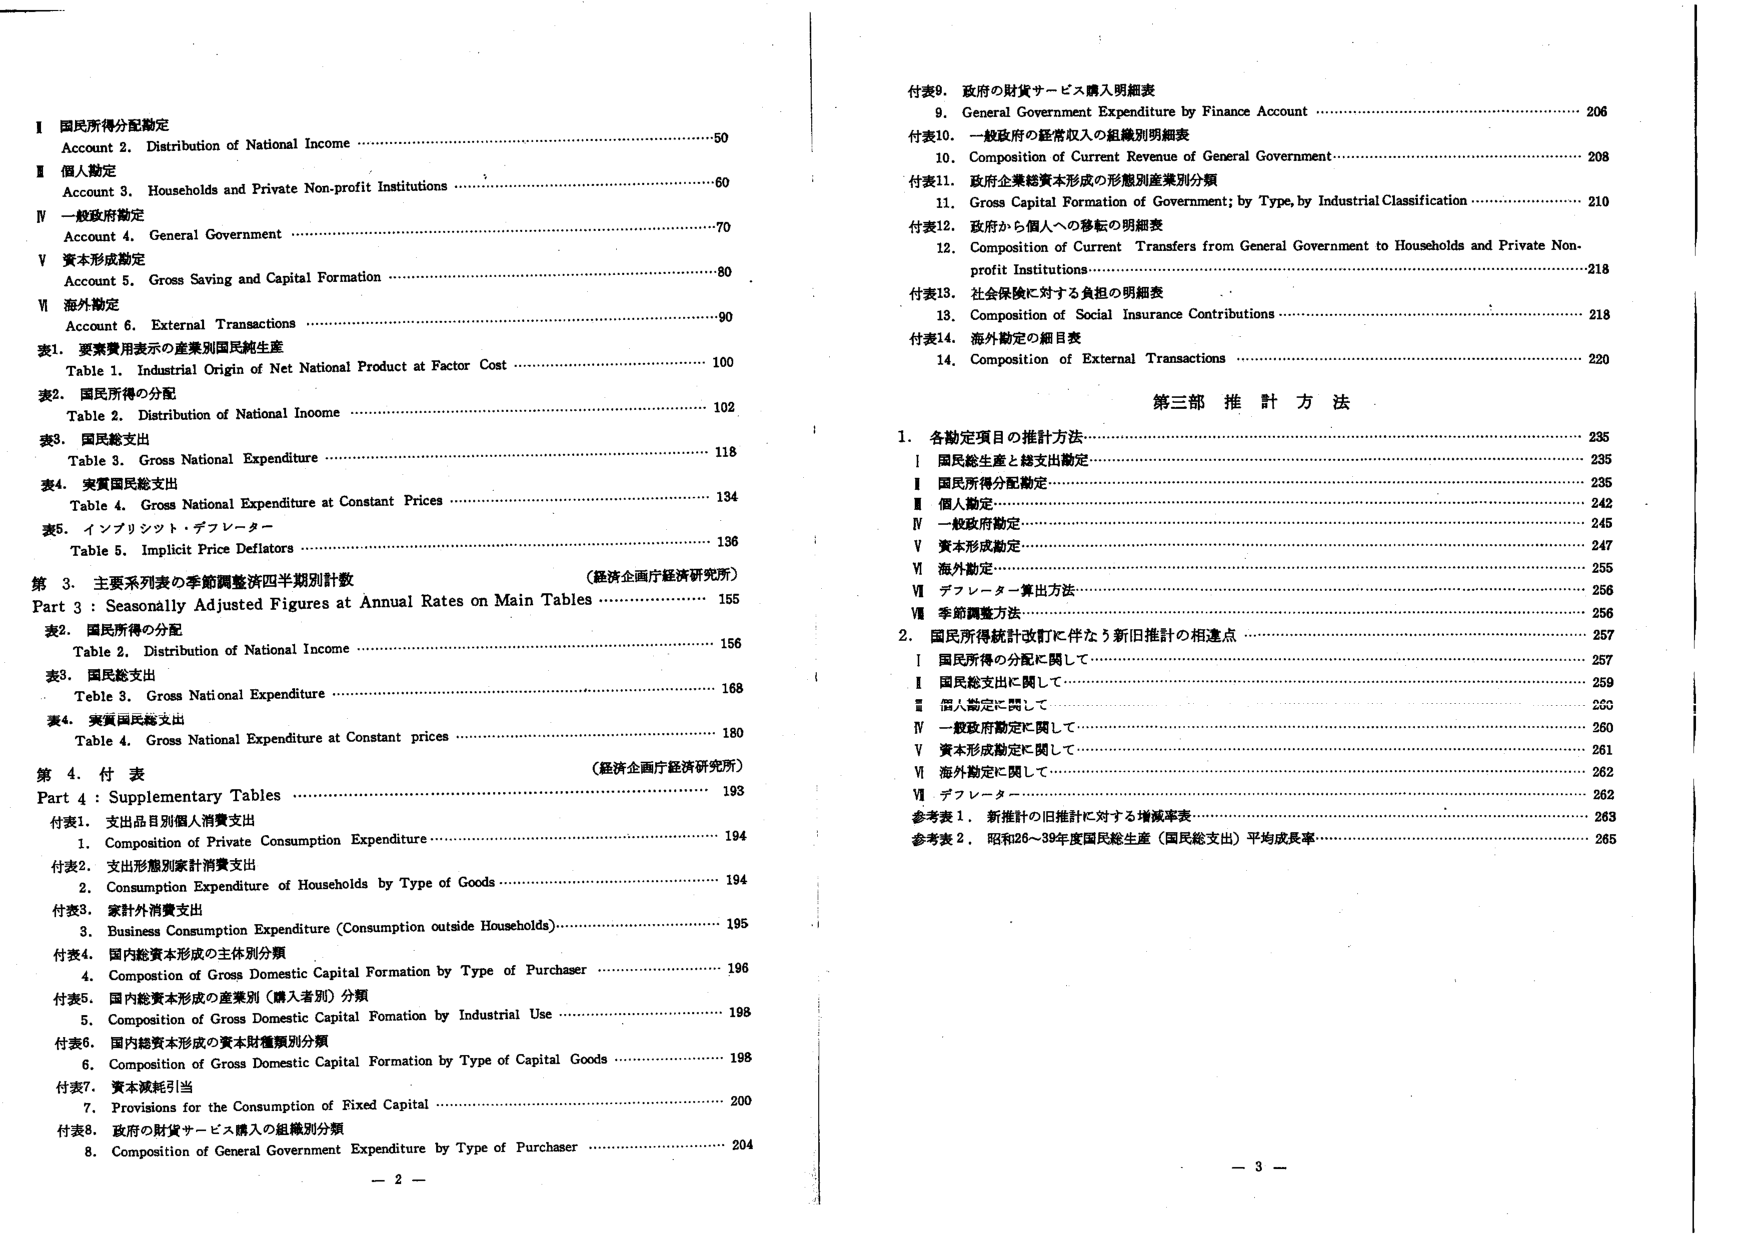
I 国民所得分配勘定
Account 2. Distribution of National Income …………………………………………50
II 個人勘定
Account 3. Households and Private Non-profit Institutions ………………………60
IV 一般政府勘定
Account 4. General Government ……………………………………………………70
V 資本形成勘定
Account 5. Gross Saving and Capital Formation …………………………………80
VI 海外勘定
Account 6. External Transactions …………………………………………………90
表1. 要素費用表示の産業別国民純生産
Table 1. Industrial Origin of Net National Product at Factor Cost ………………100
表2. 国民所得の分配
Table 2. Distribution of National Income …………………………………………102
表3. 国民総支出
Table 3. Gross National Expenditure ……………………………………………118
表4. 実質国民総支出
Table 4. Gross National Expenditure at Constant Prices ………………………134
表5. インプリシット・デフレーター
Table 5. Implicit Price Deflators …………………………………………………136
第 3. 主要系列表の季節調整済四半期別計数 （経済企画庁経済研究所）
Part 3 : Seasonally Adjusted Figures at Annual Rates on Main Tables …………155
表2. 国民所得の分配
Table 2. Distribution of National Income …………………………………………156
表3. 国民総支出
Table 3. Gross National Expenditure ……………………………………………168
表4. 実質国民総支出
Table 4. Gross National Expenditure at Constant prices ………………………180
第 4. 付 表 （経済企画庁経済研究所）
Part 4 : Supplementary Tables ……………………………………………………193
付表1. 支出品目別個人消費支出
1. Composition of Private Consumption Expenditure ……………………………194
付表2. 支出形態別家計消費支出
2. Consumption Expenditure of Households by Type of Goods …………………194
付表3. 家計外消費支出
3. Business Consumption Expenditure (Consumption outside Households) ……195
付表4. 国内総資本形成の主体別分類
4. Composition of Gross Domestic Capital Formation by Type of Purchaser …196
付表5. 国内総資本形成の産業別（購入者別）分類
5. Composition of Gross Domestic Capital Formation by Industrial Use ………198
付表6. 国内総資本形成の資本財種類別分類
6. Composition of Gross Domestic Capital Formation by Type of Capital Goods …198
付表7. 資本減耗引当
7. Provisions for the Consumption of Fixed Capital ……………………………200
付表8. 政府の財貨サービス購入の組織別分類
8. Composition of General Government Expenditure by Type of Purchaser ……204

付表9. 政府の財貨サービス購入明細表
9. General Government Expenditure by Finance Account ………………………206
付表10. 一般政府の経常収入の組織別明細表
10. Composition of Current Revenue of General Government ……………………208
付表11. 政府企業総資本形成の形態別産業別分類
11. Gross Capital Formation of Government; by Type, by Industrial Classification …210
付表12. 政府から個人への移転の明細表
12. Composition of Current Transfers from General Government to Households and Private Non-profit Institutions ……………………………………………………218
付表13. 社会保険に対する負担の明細表
13. Composition of Social Insurance Contributions ………………………………218
付表14. 海外勘定の細目表
14. Composition of External Transactions …………………………………………220

第三部 推 計 方 法
1. 各勘定項目の推計方法 …………………………………………………………235
I 国民総生産と総支出勘定 ………………………………………………………235
II 国民所得分配勘定 ………………………………………………………………235
III 個人勘定 ………………………………………………………………………242
IV 一般政府勘定 …………………………………………………………………245
V 資本形成勘定 …………………………………………………………………247
VI 海外勘定 ………………………………………………………………………255
VII デフレーター算出方法 ………………………………………………………256
VIII 季節調整方法 ………………………………………………………………256
2. 国民所得統計改訂に伴なう新旧推計の相違点 ……………………………257
I 国民所得の分配に関して ………………………………………………………257
II 国民総支出に関して …………………………………………………………259
III 個人勘定に関して ……………………………………………………………259
IV 一般政府勘定に関して ………………………………………………………260
V 資本形成勘定に関して ………………………………………………………261
VI 海外勘定に関して ……………………………………………………………262
VII デフレーター …………………………………………………………………262
参考表 1. 新推計の旧推計に対する増減率表 …………………………………263
参考表 2. 昭和26～39年度国民総生産（国民総支出）平均成長率 ……………265

— 2 —
— 3 —